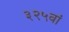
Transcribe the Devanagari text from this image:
३२५वां